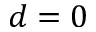
d = 0